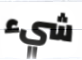
شيء